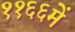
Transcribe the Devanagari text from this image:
११६६में